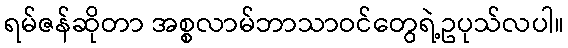
ရမ်ဇန်ဆိုတာ အစ္စလာမ်ဘာသာဝင်တွေရဲ့ဥပုသ်လပါ။